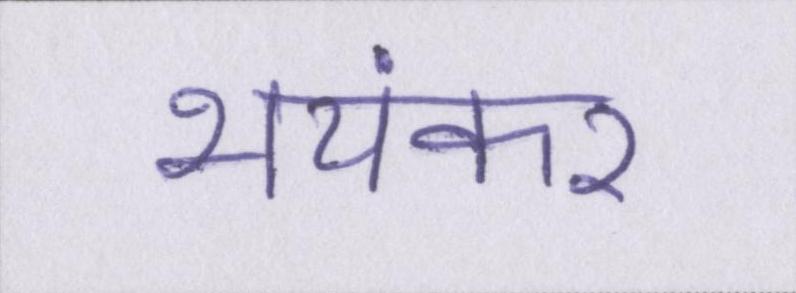
भयंकर